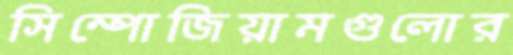
সিম্পোজিয়ামগুলোর